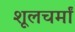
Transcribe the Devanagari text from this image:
शूलचर्मां